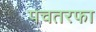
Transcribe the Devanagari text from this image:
पचतरफा